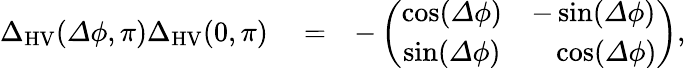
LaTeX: \begin{array}{rlr}{{\Delta}_{\mathrm{HV}}({\mathit\Delta\phi},\pi){\Delta}_{\mathrm{HV}}(0,\pi)}&{{}=}&{-\left(\begin{array}{cc}{\cos({\mathit\Delta\phi})}&{-\sin({\mathit\Delta\phi})}\\ {\sin({\mathit\Delta\phi})}&{\ \ \ \cos({\mathit\Delta\phi})}\end{array}\right),}\end{array}